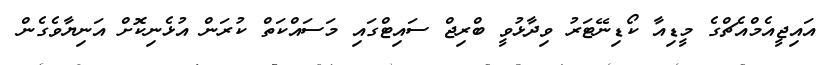
އައިޖީއެމްއެޗްގެ މީޑިއާ ކޯޑިނޭޓަރު ވިދާޅުވީ ބްރިޖް ސައިޓްގައި މަސައްކަތް ކުރަން އުޅެނިކޮށް އަނިޔާވެގެން